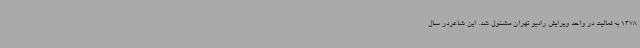
1378 به فعالیت در واحد ویرایش رادیو تهران مشغول شد. این شاعردر سال